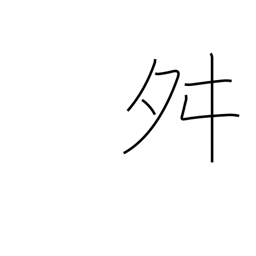
Meaning: dancing radical (no. 136)